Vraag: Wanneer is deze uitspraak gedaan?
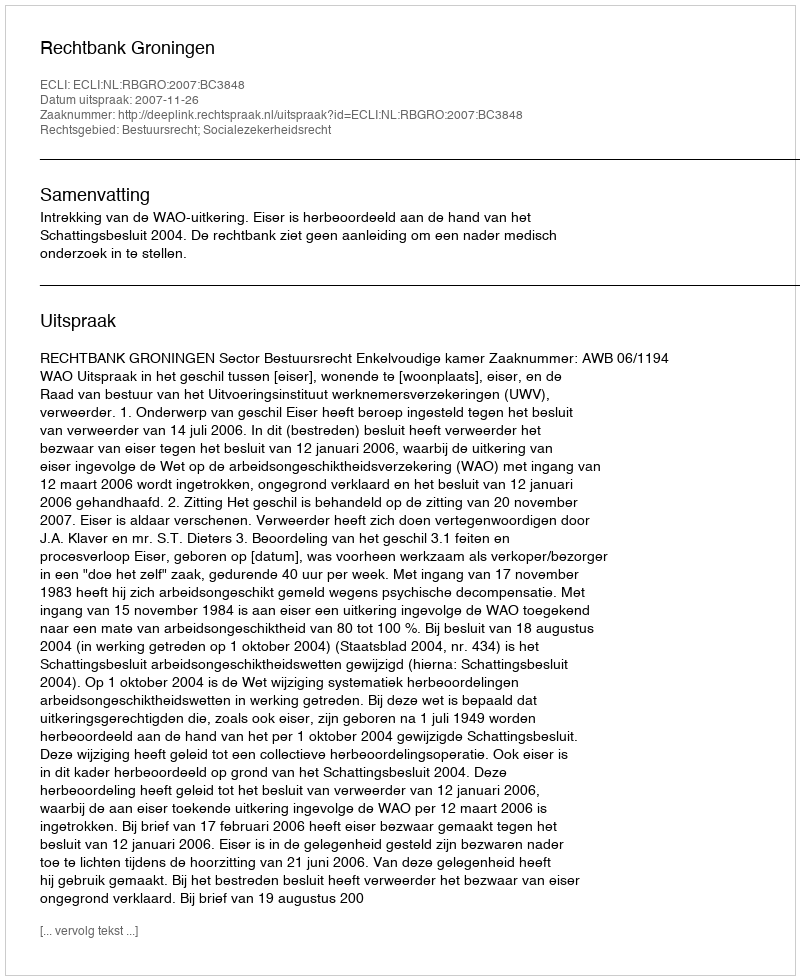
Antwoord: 2007-11-26